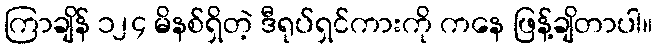
ကြာချိန် ၁၂၄ မိနစ်ရှိတဲ့ ဒီရုပ်ရှင်ကားကို ကနေ ဖြန့်ချိတာပါ။